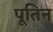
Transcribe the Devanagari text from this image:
पूतिन